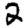
Digit: 2